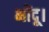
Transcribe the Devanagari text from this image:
भोंदू।